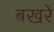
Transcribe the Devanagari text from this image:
बखरें